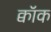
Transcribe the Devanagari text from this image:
क्वॉक